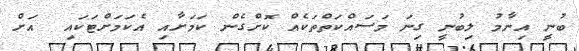
ބުނީ އިނާމު ލިބުނީ ގިނަ މަސައްކަތްތަކެއް ކޮށްގެން ކަމަށާއި އެކަމަށްޓަކައި  އަށް